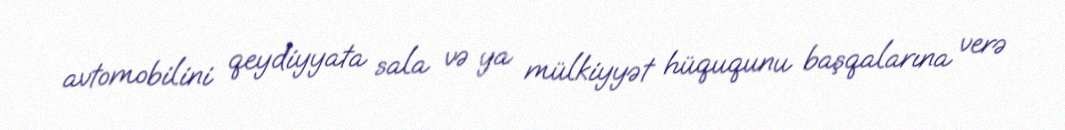
avtomobilini qeydiyyata sala və ya mülkiyyət hüququnu başqalarına verə